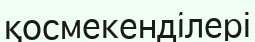
қосмекенділері